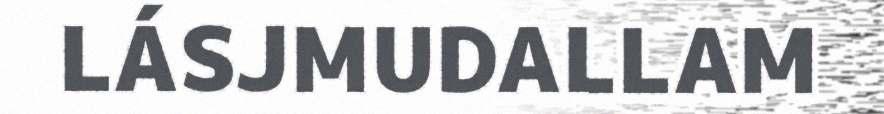
LÁSJMUDALLAM